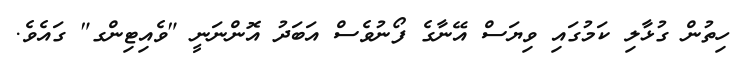
ހިތުން ގުޅާލި ކަމުގައި ވިޔަސް އޭނާގެ ފޯނުވެސް އަބަދު އޮންނަނީ "ވެއިޓިންގ" ގައެވެ.